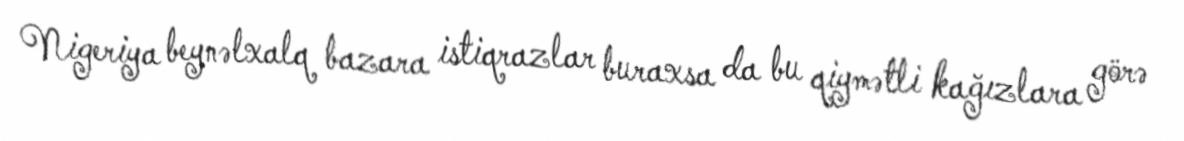
Nigeriya beynəlxalq bazara istiqrazlar buraxsa da bu qiymətli kağızlara görə